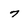
Character: 7